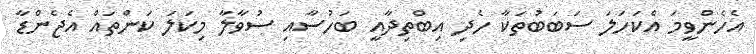
އެހެންވީމަ އެކަހަލަ ސަބަބުތަކާ ހެދި އިބްތިދާއީ ބަހުސާއި ސުވާލާ މިކަލަ ކަންތައް އެޖެންޑާ